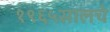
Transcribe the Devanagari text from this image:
१९६५सालचे